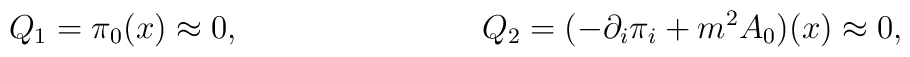
Q_1 = \pi_0(x) \approx 0,\hspace{1.2in}Q_2 = (-{\partial_i}\pi_i + {m^2}A_0)(x) \approx 0,